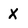
Character: X